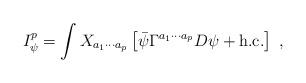
LaTeX: \begin{align*}I_{\psi }^{p}=\int X_{a_{1}\cdots a_{p}}\left[ \bar{\psi}\Gamma^{a_{1}\cdots a_{p}}D\psi +\mbox{h.c.}\right] \;,\end{align*}